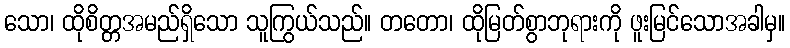
သော၊ ထိုစိတ္တအမည်ရှိသော သူကြွယ်သည်။ တတော၊ ထိုမြတ်စွာဘုရားကို ဖူးမြင်သောအခါမှ။